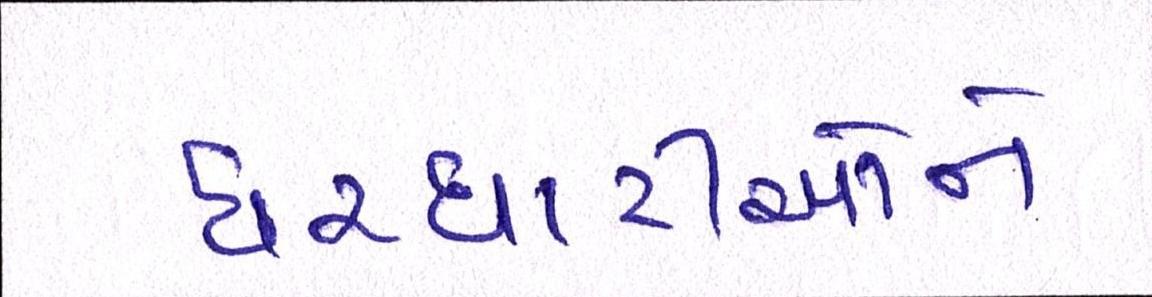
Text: ઘરઘાટીઓને